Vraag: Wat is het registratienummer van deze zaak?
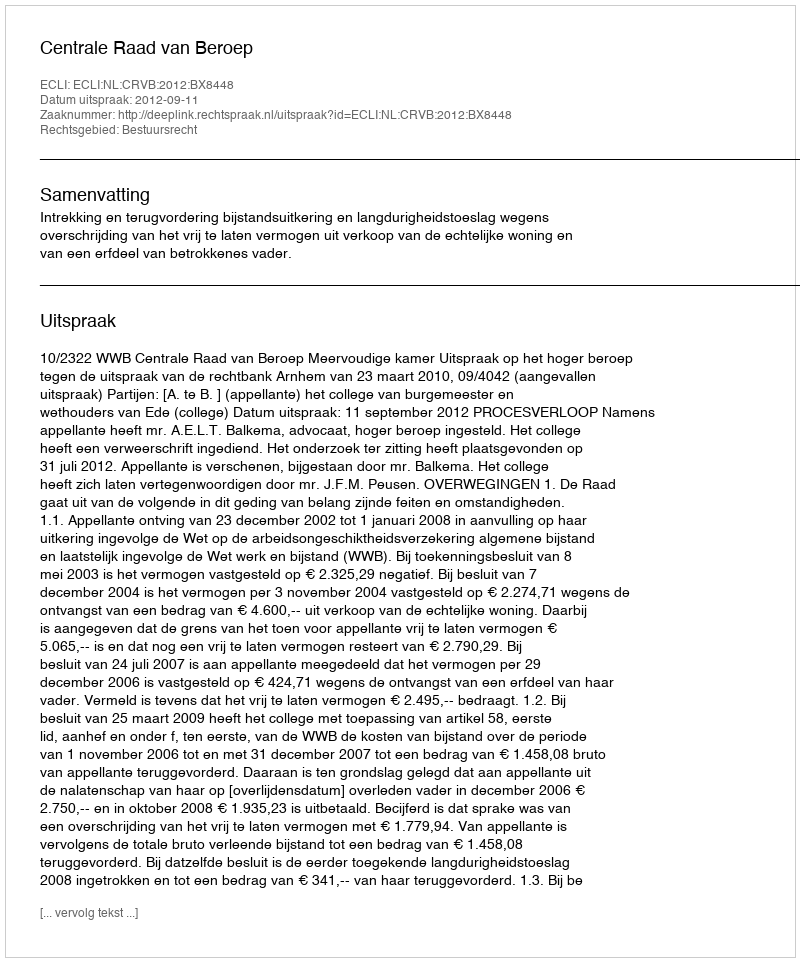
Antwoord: http://deeplink.rechtspraak.nl/uitspraak?id=ECLI:NL:CRVB:2012:BX8448